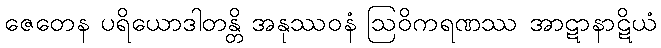
ဇေတေန ပရိယောဒါတန္တိ အနုဿဝနံ ဩဝိကရဏဿ အာဋာနာဋိယံ